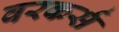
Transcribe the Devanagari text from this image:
वरकर्स